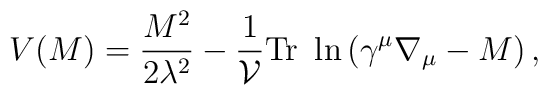
V(M) = \frac{M^2}{2\lambda^2} - \frac{1}{\cal V} \mbox{\rm Tr}\  \ln \left(\gamma^\mu\nabla_\mu -M \right),\label 2